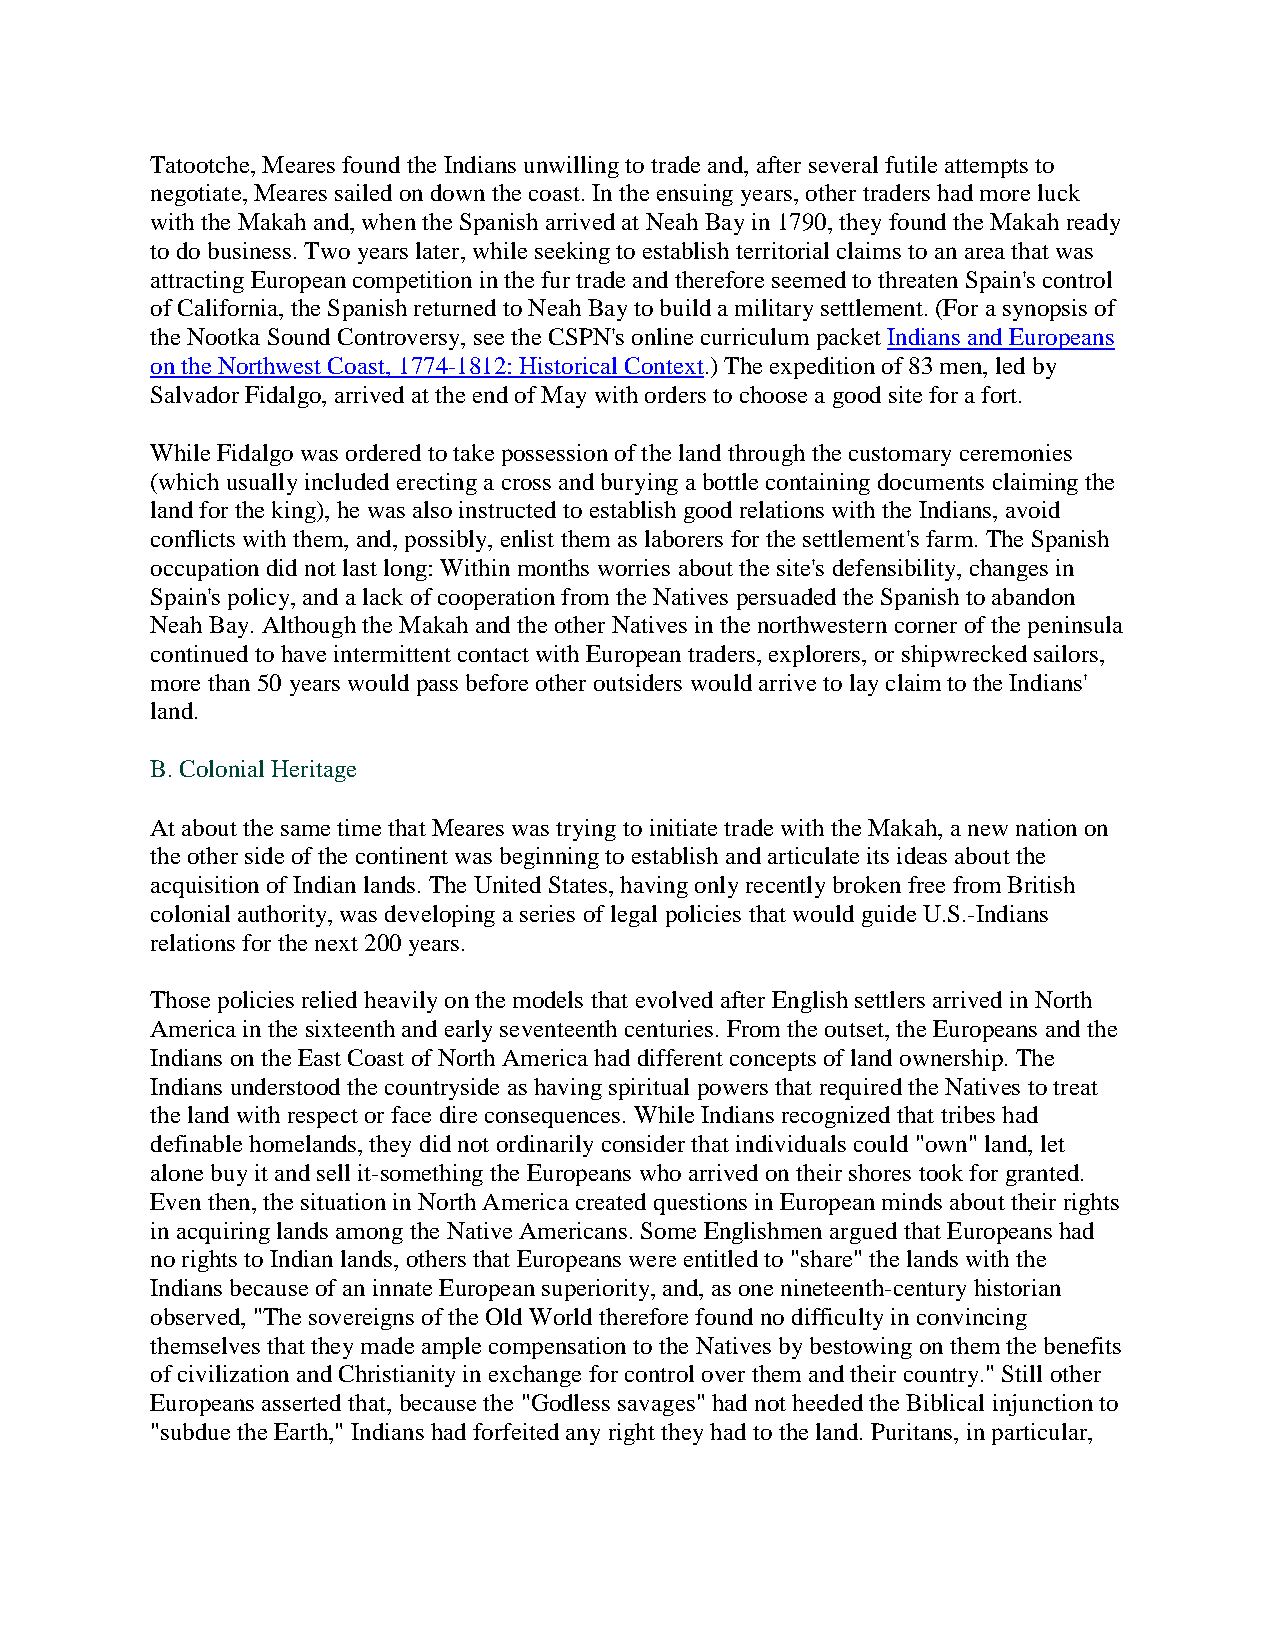
Tatootche, Meares found the Indians unwilling to trade and, after several futile attempts to
 negotiate, Meares sailed on down the coast. In the ensuing years, other traders had more luck
 with the Makah and, when the Spanish arrived at Neah Bay in 1790, they found the Makah ready
 to do business. Two years later, while seeking to establish territorial claims to an area that was
 attracting European competition in the fur trade and therefore seemed to threaten Spain's control
 of California, the Spanish returned to Neah Bay to build a military settlement. (For a synopsis of
 the Nootka Sound Controversy, see the CSPN's online curriculum packet Indians and Europeans
 on the Northwest Coast, 1774-1812: Historical Context.) The expedition of 83 men, led by
 Salvador Fidalgo, arrived at the end of May with orders to choose a good site for a fort.
 While Fidalgo was ordered to take possession of the land through the customary ceremonies
 (which usually included erecting a cross and burying a bottle containing documents claiming the
 land for the king), he was also instructed to establish good relations with the Indians, avoid
 conflicts with them, and, possibly, enlist them as laborers for the settlement's farm. The Spanish
 occupation did not last long: Within months worries about the site's defensibility, changes in
 Spain's policy, and a lack of cooperation from the Natives persuaded the Spanish to abandon
 Neah Bay. Although the Makah and the other Natives in the northwestern corner of the peninsula
 continued to have intermittent contact with European traders, explorers, or shipwrecked sailors,
 more than 50 years would pass before other outsiders would arrive to lay claim to the Indians'
 land.
 B. Colonial Heritage
 At about the same time that Meares was trying to initiate trade with the Makah, a new nation on
 the other side of the continent was beginning to establish and articulate its ideas about the
 acquisition of Indian lands. The United States, having only recently broken free from British
 colonial authority, was developing a series of legal policies that would guide U.S.-Indians
 relations for the next 200 years.
 Those policies relied heavily on the models that evolved after English settlers arrived in North
 America in the sixteenth and early seventeenth centuries. From the outset, the Europeans and the
 Indians on the East Coast of North America had different concepts of land ownership. The
 Indians understood the countryside as having spiritual powers that required the Natives to treat
 the land with respect or face dire consequences. While Indians recognized that tribes had
 definable homelands, they did not ordinarily consider that individuals could "own" land, let
 alone buy it and sell it-something the Europeans who arrived on their shores took for granted.
 Even then, the situation in North America created questions in European minds about their rights
 in acquiring lands among the Native Americans. Some Englishmen argued that Europeans had
 no rights to Indian lands, others that Europeans were entitled to "share" the lands with the
 Indians because of an innate European superiority, and, as one nineteenth-century historian
 observed, "The sovereigns of the Old World therefore found no difficulty in convincing
 themselves that they made ample compensation to the Natives by bestowing on them the benefits
 of civilization and Christianity in exchange for control over them and their country." Still other
 Europeans asserted that, because the "Godless savages" had not heeded the Biblical injunction to
 "subdue the Earth," Indians had forfeited any right they had to the land. Puritans, in particular,